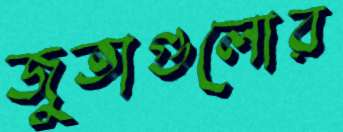
জুতাগুলোর